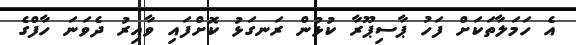
އެ ހަމަލާތަކަށް ފަހު ޕާސިޕޫރާ ކުޅުން ރަނގަޅު ކޮށްފައި ވާއިރު ދެވަނަ ހާފްގެ